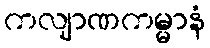
ကလျာဏကမ္မာနံ